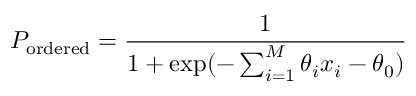
P _ { \mathrm { o r d e r e d } } = \frac { 1 } { 1 + \exp ( - \sum _ { i = 1 } ^ { M } \theta _ { i } x _ { i } - \theta _ { 0 } ) }